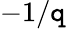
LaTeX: -1/\mathtt{q}